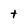
Character: t